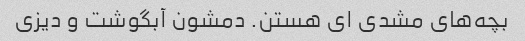
بچه‌های مشدی ای هستن. دمشون آبگوشت و دیزی